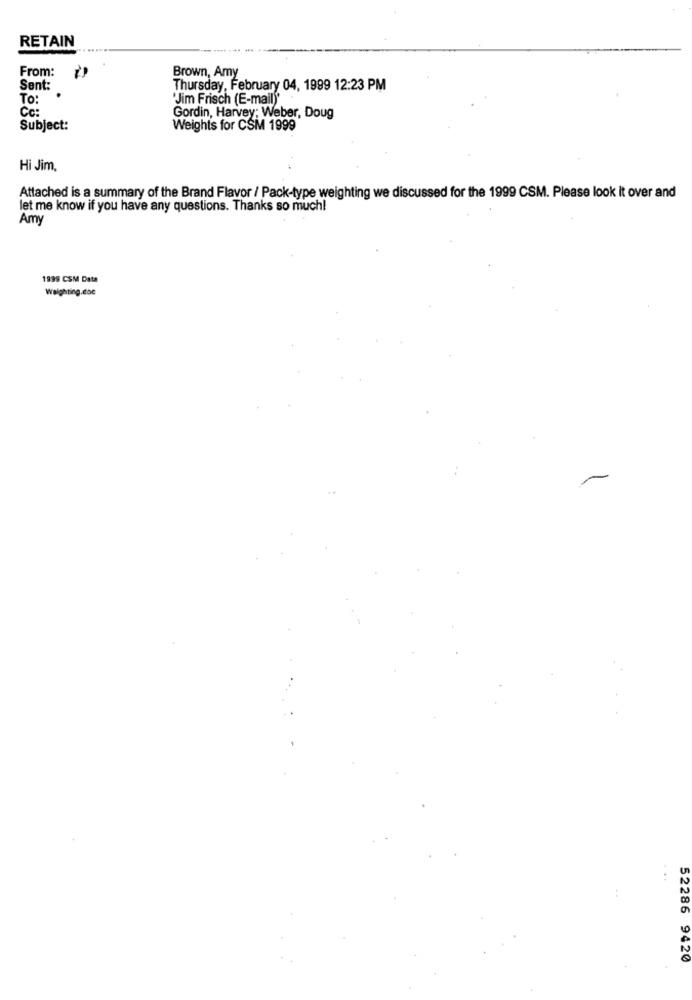
RETAIN
From:
Brown, Amy
Sent:
Thursday, February 04, 1999 12:23 PM
To:
"Jim Frisch (E-mail)"
Cc:
Gordin, Harvey; Weber, Doug
Subject:
Weights for CSM 1999
Hi Jim,
Attached is a summary of the Brand Flavor / Pack-type weighting we discussed for the 1999 CSM. Please look it over and
let me know if you have any questions. Thanks so much!
Amy
1999 CSM Data
Weighting.doc
52286 9420